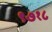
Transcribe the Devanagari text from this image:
९७१८